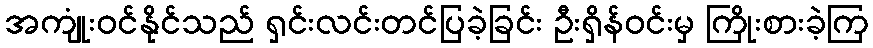
အကျုံးဝင်နိုင်သည် ရှင်းလင်းတင်ပြခဲ့ခြင်း ဦးရှိန်ဝင်းမှ ကြိုးစားခဲ့ကြ